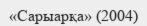
«Сарыарқа» (2004)